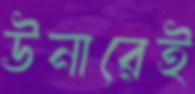
উনারেই